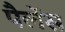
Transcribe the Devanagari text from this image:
पैलेंस